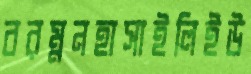
বরম্ননহাসাইলিইউ